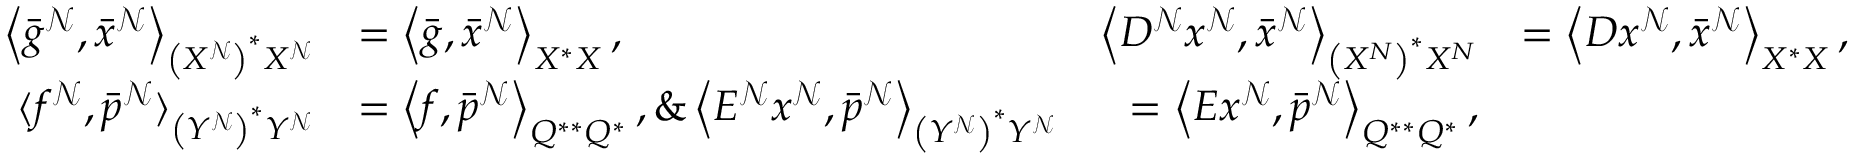
\begin{array} { r l r l } { \left\langle \bar { g } ^ { \mathcal { N } } , \bar { x } ^ { \mathcal { N } } \right\rangle _ { \left( X ^ { \mathcal { N } } \right) ^ { * } X ^ { \mathcal { N } } } } & { = \left\langle \bar { g } , \bar { x } ^ { \mathcal { N } } \right\rangle _ { X ^ { * } X } , \ } & { \left\langle D ^ { \mathcal { N } } x ^ { \mathcal { N } } , \bar { x } ^ { \mathcal { N } } \right\rangle _ { \left( X ^ { N } \right) ^ { * } X ^ { N } } } & { = \left\langle D x ^ { \mathcal { N } } , \bar { x } ^ { \mathcal { N } } \right\rangle _ { X ^ { * } X } , } \\ { \langle f ^ { \mathcal { N } } , \bar { p } ^ { \mathcal { N } } \rangle _ { \left( Y ^ { \mathcal { N } } \right) ^ { * } Y ^ { \mathcal { N } } } } & { = \left\langle f , \bar { p } ^ { \mathcal { N } } \right\rangle _ { Q ^ { * * } { Q ^ { * } } } , \& \left\langle E ^ { \mathcal { N } } x ^ { \mathcal { N } } , \bar { p } ^ { \mathcal { N } } \right\rangle _ { \left( Y ^ { \mathcal { N } } \right) ^ { * } Y ^ { \mathcal { N } } } } & { = \left\langle E x ^ { \mathcal { N } } , \bar { p } ^ { \mathcal { N } } \right\rangle _ { Q ^ { * * } { Q ^ { * } } } , } \end{array}